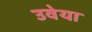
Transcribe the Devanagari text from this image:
उवेया